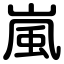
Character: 嵐